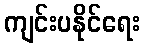
ကျင်းပနိုင်ရေး